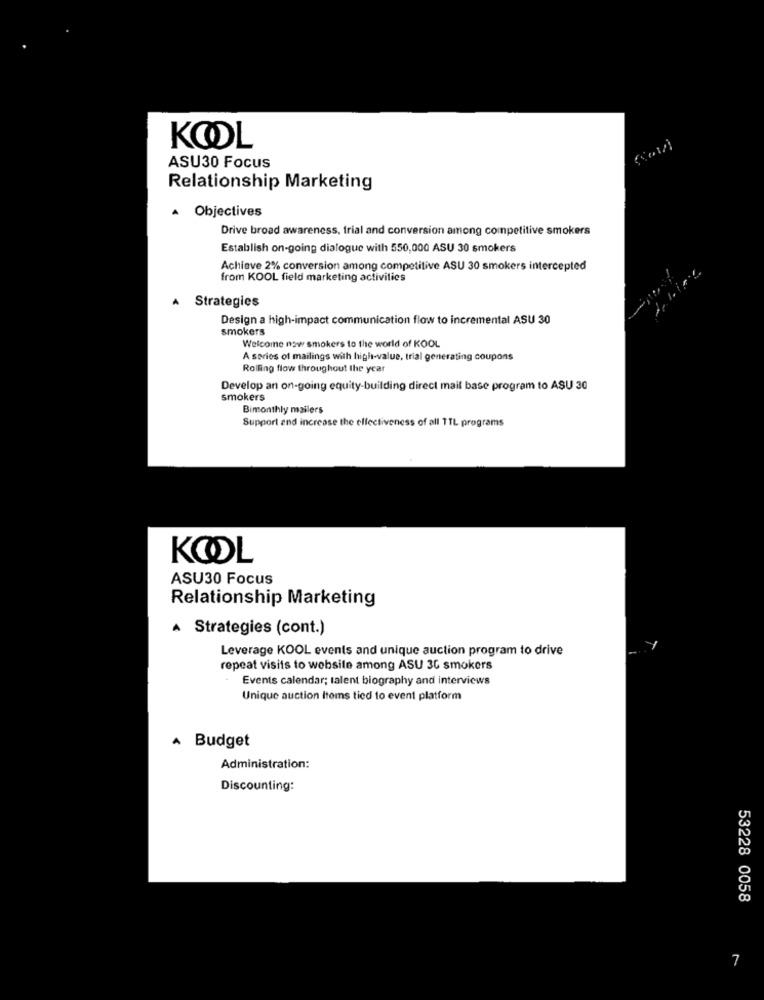
KOOL
ASU30 Focus
Relationship Marketing
A Objectives
Drive broad awareness, trial and conversion among competitive smokers
Establish on-going dialogue with 550,000 ASU 30 smokers
Achieve 2% conversion among competitive ASU 30 smokers intercepted
from KOOL field marketing activities
Strategies
Design a high-impact communication flow to incremental ASU 30
smokers
Welcome now smokers to the world of KOOL
A series of mailings with high-value, trial generating coupons
Rolling flow throughout the year
Develop an on-going equity-building direct mail base program to ASU 30
smokers
Bimonthly mailers
Support and increase the effectiveness of all TTL programs
KOOL
ASU30 Focus
Relationship Marketing
A Strategies (cont.)
Leverage KOOL events and unique auction program to drive
repeat visits to website among ASU 30 smokers
Events calendar; talent biography and interviews
Unique auction Items tied to event platform
A Budget
Administration:
Discounting:
53228 0058
7